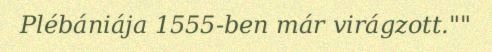
Plébániája 1555-ben már virágzott.""